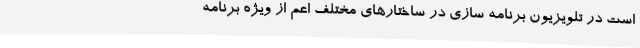
است در تلویزیون برنامه سازی در ساختارهای مختلف اعم از ویژه برنامه